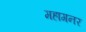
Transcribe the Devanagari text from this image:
महागनर